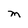
Character: M